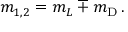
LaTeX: m _ { 1 , 2 } = m _ { L } \mp m _ { \mathrm { D } } \, .